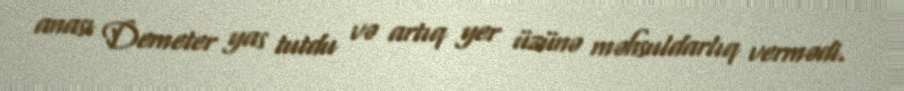
anası Demeter yas tutdu və artıq yer üzünə məhsuldarlıq vermədi.